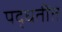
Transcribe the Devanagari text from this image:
पद्धतींत